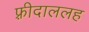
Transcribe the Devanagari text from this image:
फ़्रीदाललह